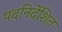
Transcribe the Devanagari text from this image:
पदनिर्देशित